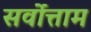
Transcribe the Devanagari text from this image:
सर्वोत्ताम